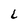
Character: L